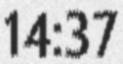
14:37